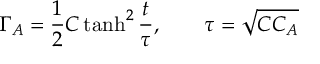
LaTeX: \Gamma _ { A } = \frac { 1 } { 2 } C \operatorname { t a n h } ^ { 2 } \frac { t } { \tau } , \qquad \tau = \sqrt { C C _ { A } }